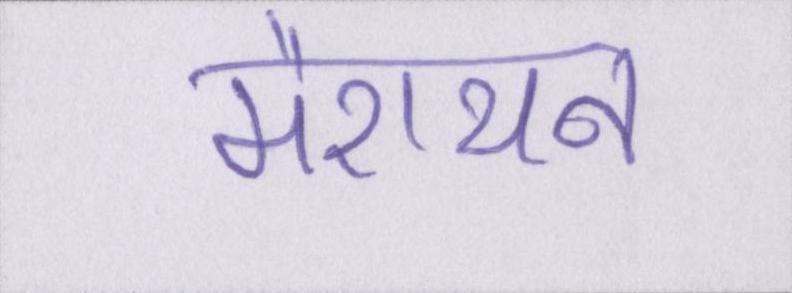
मैराथन